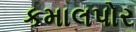
કમાલપોર